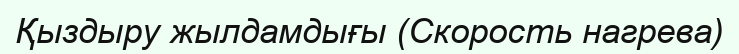
Қыздыру жылдамдығы (Скорость нагрева)